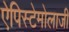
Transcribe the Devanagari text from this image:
ऐपिस्टेमोलाजी